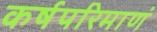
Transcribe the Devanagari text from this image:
कर्षपरिमाणं